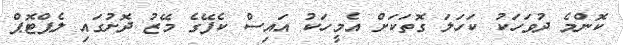
ކޮންމެ ދުވަހަކު ކަހަލަ ގޮތަކަށް އެމީހަކު އައިސް ކެފޭގެ މޭޒު ދޮށުގައި ލެޕްޓޮޕް